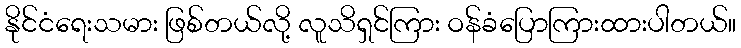
နိုင်ငံရေးသမား ဖြစ်တယ်လို့ လူသိရှင်ကြား ဝန်ခံပြောကြားထားပါတယ်။